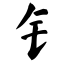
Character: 钅